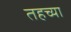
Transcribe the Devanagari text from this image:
तहच्या